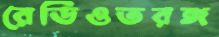
রেডিওতরঙ্গ